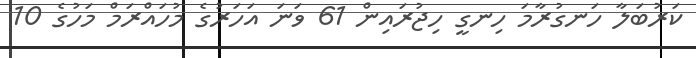
ކަރުބަލާ ހަނގުރާމަ ހިނގީ ހިޖުރައިން 61 ވަނަ އަހަރުގެ މުހައްރަމް މަހުގެ 10